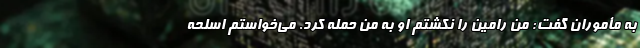
به مأموران گفت: من رامین را نکشتم او به من حمله کرد. می‌خواستم اسلحه